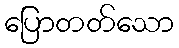
ပြောတတ်သော